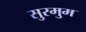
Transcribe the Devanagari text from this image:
सुरमुम